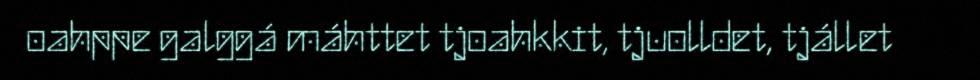
oahppe galggá máhttet tjoahkkit, tjuolldet, tjállet